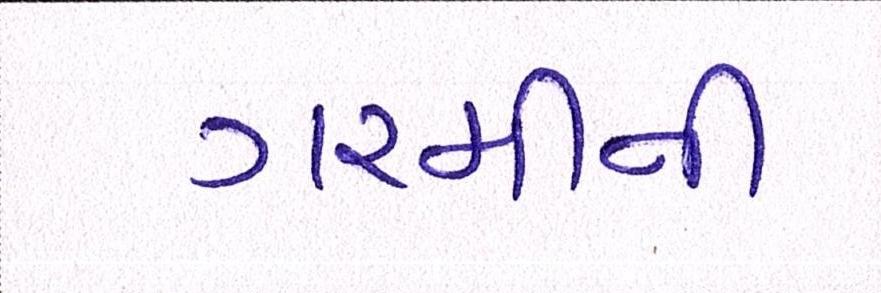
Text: ગરમીની